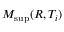
M _ { \operatorname* { s u p } } ( R , T _ { i } )